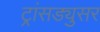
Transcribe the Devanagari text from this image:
ट्रांसड्युसर